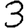
Digit: 3